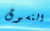
التسوق